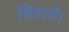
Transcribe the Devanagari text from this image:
तिवारी।